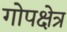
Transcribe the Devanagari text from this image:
गोपक्षेत्र